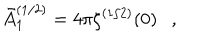
LaTeX: \bar { A } _ { 1 } ^ { ( 1 / 2 ) } = 4 \pi \zeta ^ { ( 1 / 2 ) } ( 0 ) ,